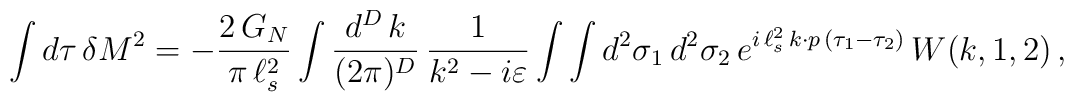
\int d\tau \, \delta M^2 = - \frac{2 \, G_N}{\pi \, \ell_s^2} \int\frac{d^D \, k}{(2\pi)^D} \, \frac{1}{k^2 - i \varepsilon} \int \int d^2 \sigma_1 \, d^2 \sigma_2 \, e^{i \, \ell_s^2 \, k \cdot p \, (\tau_1 -\tau_2)} \, W (k,1,2) \, ,